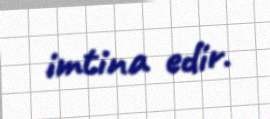
imtina edir.